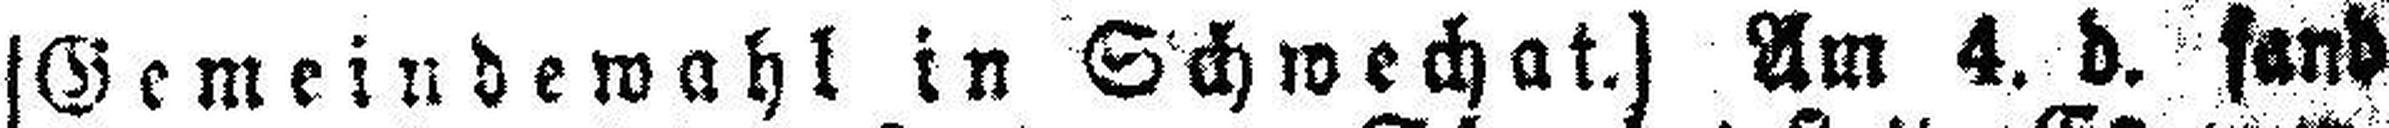
[Gemeindewahl in Schwechat.] Am 4. d. fand